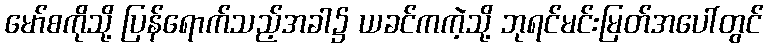
မော်စကိုသို့ ပြန်ရောက်သည့်အခါ၌ ယခင်ကကဲ့သို့ ဘုရင်မင်းမြတ်အပေါ်တွင်